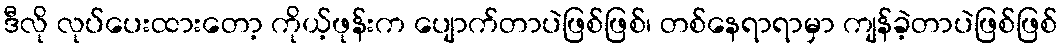
ဒီလို လုပ်ပေးထားတော့ ကိုယ့်ဖုန်းက ပျောက်တာပဲဖြစ်ဖြစ်၊ တစ်နေရာရာမှာ ကျန်ခဲ့တာပဲဖြစ်ဖြစ်